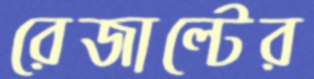
রেজাল্টের